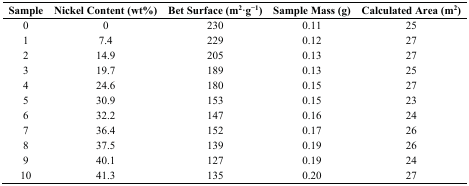
<table><thead><tr><td><b>Sample</b></td><td><b>Nickel Content (wt%)</b></td><td><b>Bet Surface (m<sup>2</sup>·g<sup>−1</sup>)</b></td><td><b>Sample Mass (g)</b></td><td><b>Calculated Area (m<sup>2</sup>)</b></td></tr></thead><tbody><tr><td>0</td><td>0</td><td>230</td><td>0.11</td><td>25</td></tr><tr><td>1</td><td>7.4</td><td>229</td><td>0.12</td><td>27</td></tr><tr><td>2</td><td>14.9</td><td>205</td><td>0.13</td><td>27</td></tr><tr><td>3</td><td>19.7</td><td>189</td><td>0.13</td><td>25</td></tr><tr><td>4</td><td>24.6</td><td>180</td><td>0.15</td><td>27</td></tr><tr><td>5</td><td>30.9</td><td>153</td><td>0.15</td><td>23</td></tr><tr><td>6</td><td>32.2</td><td>147</td><td>0.16</td><td>24</td></tr><tr><td>7</td><td>36.4</td><td>152</td><td>0.17</td><td>26</td></tr><tr><td>8</td><td>37.5</td><td>139</td><td>0.19</td><td>26</td></tr><tr><td>9</td><td>40.1</td><td>127</td><td>0.19</td><td>24</td></tr><tr><td>10</td><td>41.3</td><td>135</td><td>0.20</td><td>27</td></tr></tbody></table>